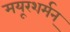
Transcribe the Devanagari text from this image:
मयूरशर्मन्